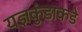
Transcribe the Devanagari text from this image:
यज्ञकुंडाकडे